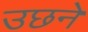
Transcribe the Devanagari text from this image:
उछने